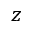
z